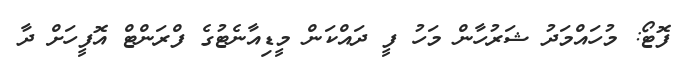
ފޮޓޯ: މުހައްމަދު ޝަރުހާން މަހު ފީ ދައްކަން މީޑިއާނެޓުގެ ފްރަންޓް އޮފީހަށް ދާ